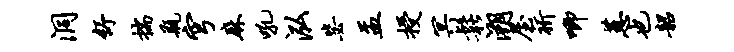
洞舒揣瓶穹麻吼泓毖盂授冥松溯屋祈唧蕙也韶